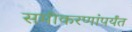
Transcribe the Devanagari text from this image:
समीकरणांपर्यंत